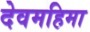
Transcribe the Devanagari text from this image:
देवमहिमा